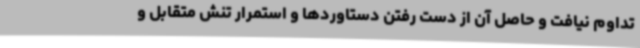
تداوم نیافت و حاصل آن از دست رفتن دستاوردها و استمرار تنش متقابل و